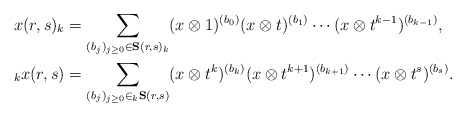
\begin{align*} x(r,s)_k &= \sum_{(b_j)_{j\ge 0}\in \mathbf{S}(r,s)_k} (x\otimes 1)^{(b_0)}(x\otimes t)^{(b_1)} \cdots (x\otimes t^{k-1})^{(b_{k-1})},\\ {}_kx(r,s)&= \sum_{(b_j)_{j\ge0}\in {}_k\mathbf{S}(r,s)} (x\otimes t^k)^{(b_k)}(x\otimes t^{k+1})^{(b_{k+1})} \cdots (x\otimes t^{s})^{(b_s)}.\end{align*}